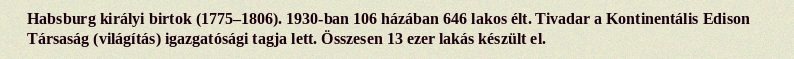
Habsburg királyi birtok (1775–1806). 1930-ban 106 házában 646 lakos élt. Tivadar a Kontinentális Edison Társaság (világítás) igazgatósági tagja lett. Összesen 13 ezer lakás készült el.